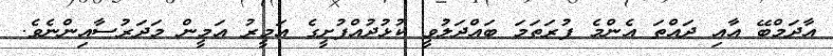
އާދަމްބޭ އާއި ދައްތަ އެންމެ ފުރަތަމަ ބައްދަލުވީ ކުޅުދުއްފުށީގެ އަމީރު އަމީން މަދަރުސާއިންނެވެ.